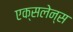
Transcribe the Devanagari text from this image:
एक्सलेन्स